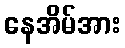
နေအိမ်အား